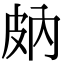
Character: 𤿒